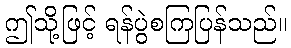
ဤသို့ဖြင့် ရန်ပွဲစကြပြန်သည်။